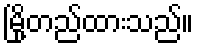
မြို့တည်ထားသည်။